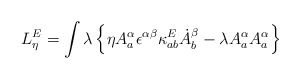
\begin{align*}L_\eta^E =\int \lambda\left\{\eta A^\alpha_a \epsilon^{\alpha\beta}\kappa_{ab}^E\dot{A}^\beta_b- \lambda A_a^\alpha A_a^\alpha\right\}\end{align*}